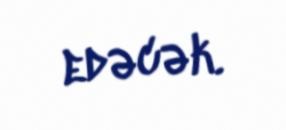
edəcək.